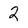
Character: 2